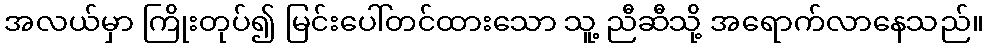
အလယ်မှာ ကြိုးတုပ်၍ မြင်းပေါ်တင်ထားသော သူ့ ညီဆီသို့ အရောက်လာနေသည်။